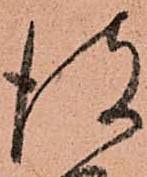
彼